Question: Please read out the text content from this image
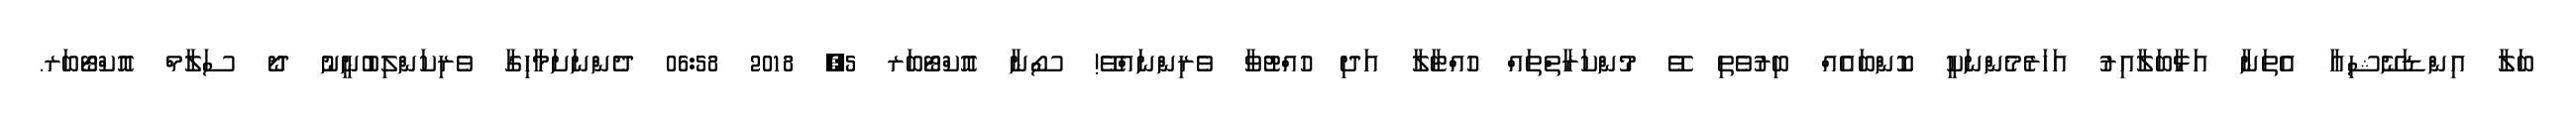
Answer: ބަލާ އިންޑަނޭޝިއާ އެތަނާ އަޅާބަލާއިރު އަހަރެމެންނަކީ ކޮންބައެއް ބިރުވެތި ވޭ މުންކަރާތްތައް ހުއްޓާލާ އަދި ހުއްޓުވާ ވެރިންނައްވޭ! ސޯނާ އޮކްޓޯބަރ 5, 2018 06:58 ދެންނަށަމާހިގާ ވެރިކަންލިބުނީނު ދޯ ސަލާމް އޮކްޓޯބަރ.